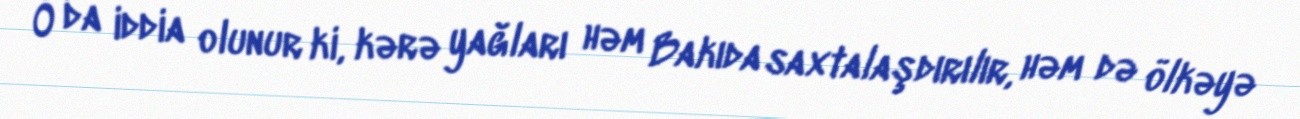
O da iddia olunur ki, kərə yağları həm Bakıda saxtalaşdırılır, həm də ölkəyə